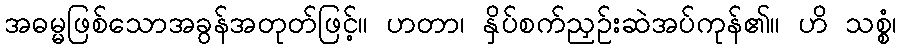
အဓမ္မဖြစ်သောအခွန်အတုတ်ဖြင့်။ ဟတာ၊ နှိပ်စက်ညှဉ်းဆဲအပ်ကုန်၏။ ဟိ သစ္စံ၊